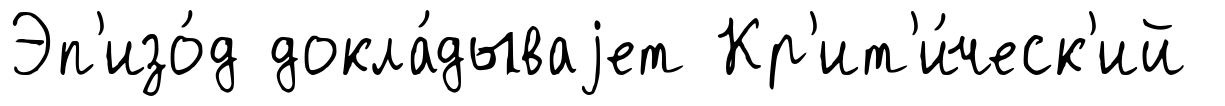
Эп'изо́д докла́дываjет Кр'ит'и́ческ'ий